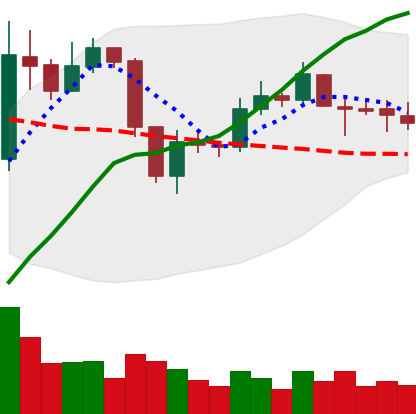
Ticker: ETC-USD
Chart end date: 2019-09-10
Forward return: -4.032%
Label: down_3_5